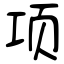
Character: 项